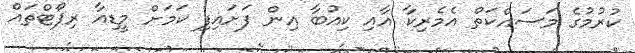
ކުރުމުގެ މަސައްކަތް އެމެރިކާ އާއި ކިއުބާ އިން ފަށައިފި ކަމަށް މީޑިއާ ރިޕޯޓްތައް